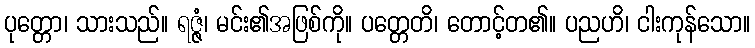
ပုတ္တော၊ သားသည်။ ရဇ္ဇံ၊ မင်း၏အဖြစ်ကို။ ပတ္တေတိ၊ တောင့်တ၏။ ပညဟိ၊ ငါးကုန်သော။